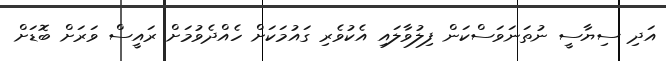
އަދި ސިޔާސީ ނުތަނަވަސްކަން ފިލުވާލައި އެކުވެރި ގައުމަކަށް ހެއްދެވުމަށް ރައީސް ވަރަށް ބޮޑަށް